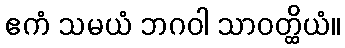
ဧကံ သမယံ ဘဂဝါ သာဝတ္ထိယံ။